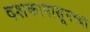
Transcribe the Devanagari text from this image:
दशकापासूनच्या